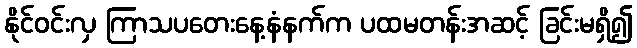
နိုင်ဝင်းလှ ကြာသပတေးနေ့နံနက်က ပထမတန်းအဆင့် ခြင်းမရှိ၍